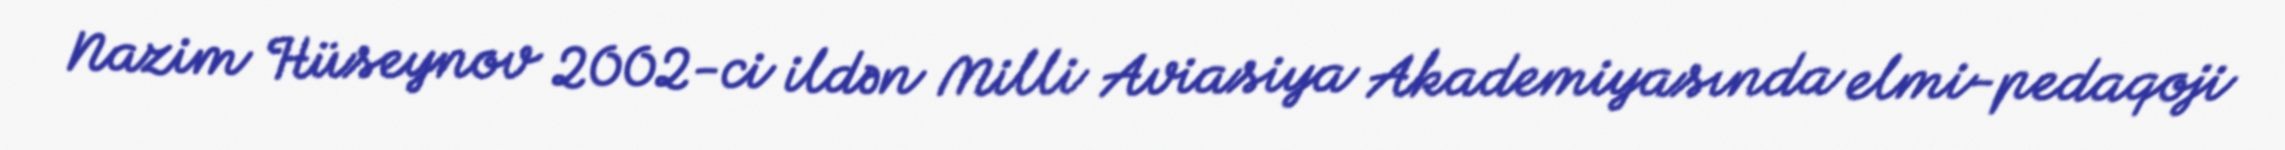
Nazim Hüseynov 2002-ci ildən Milli Aviasiya Akademiyasında elmi-pedaqoji